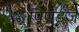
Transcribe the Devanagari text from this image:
पिणडज